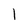
Character: I